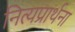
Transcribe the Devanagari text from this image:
नित्यप्रार्थना